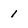
Character: 1